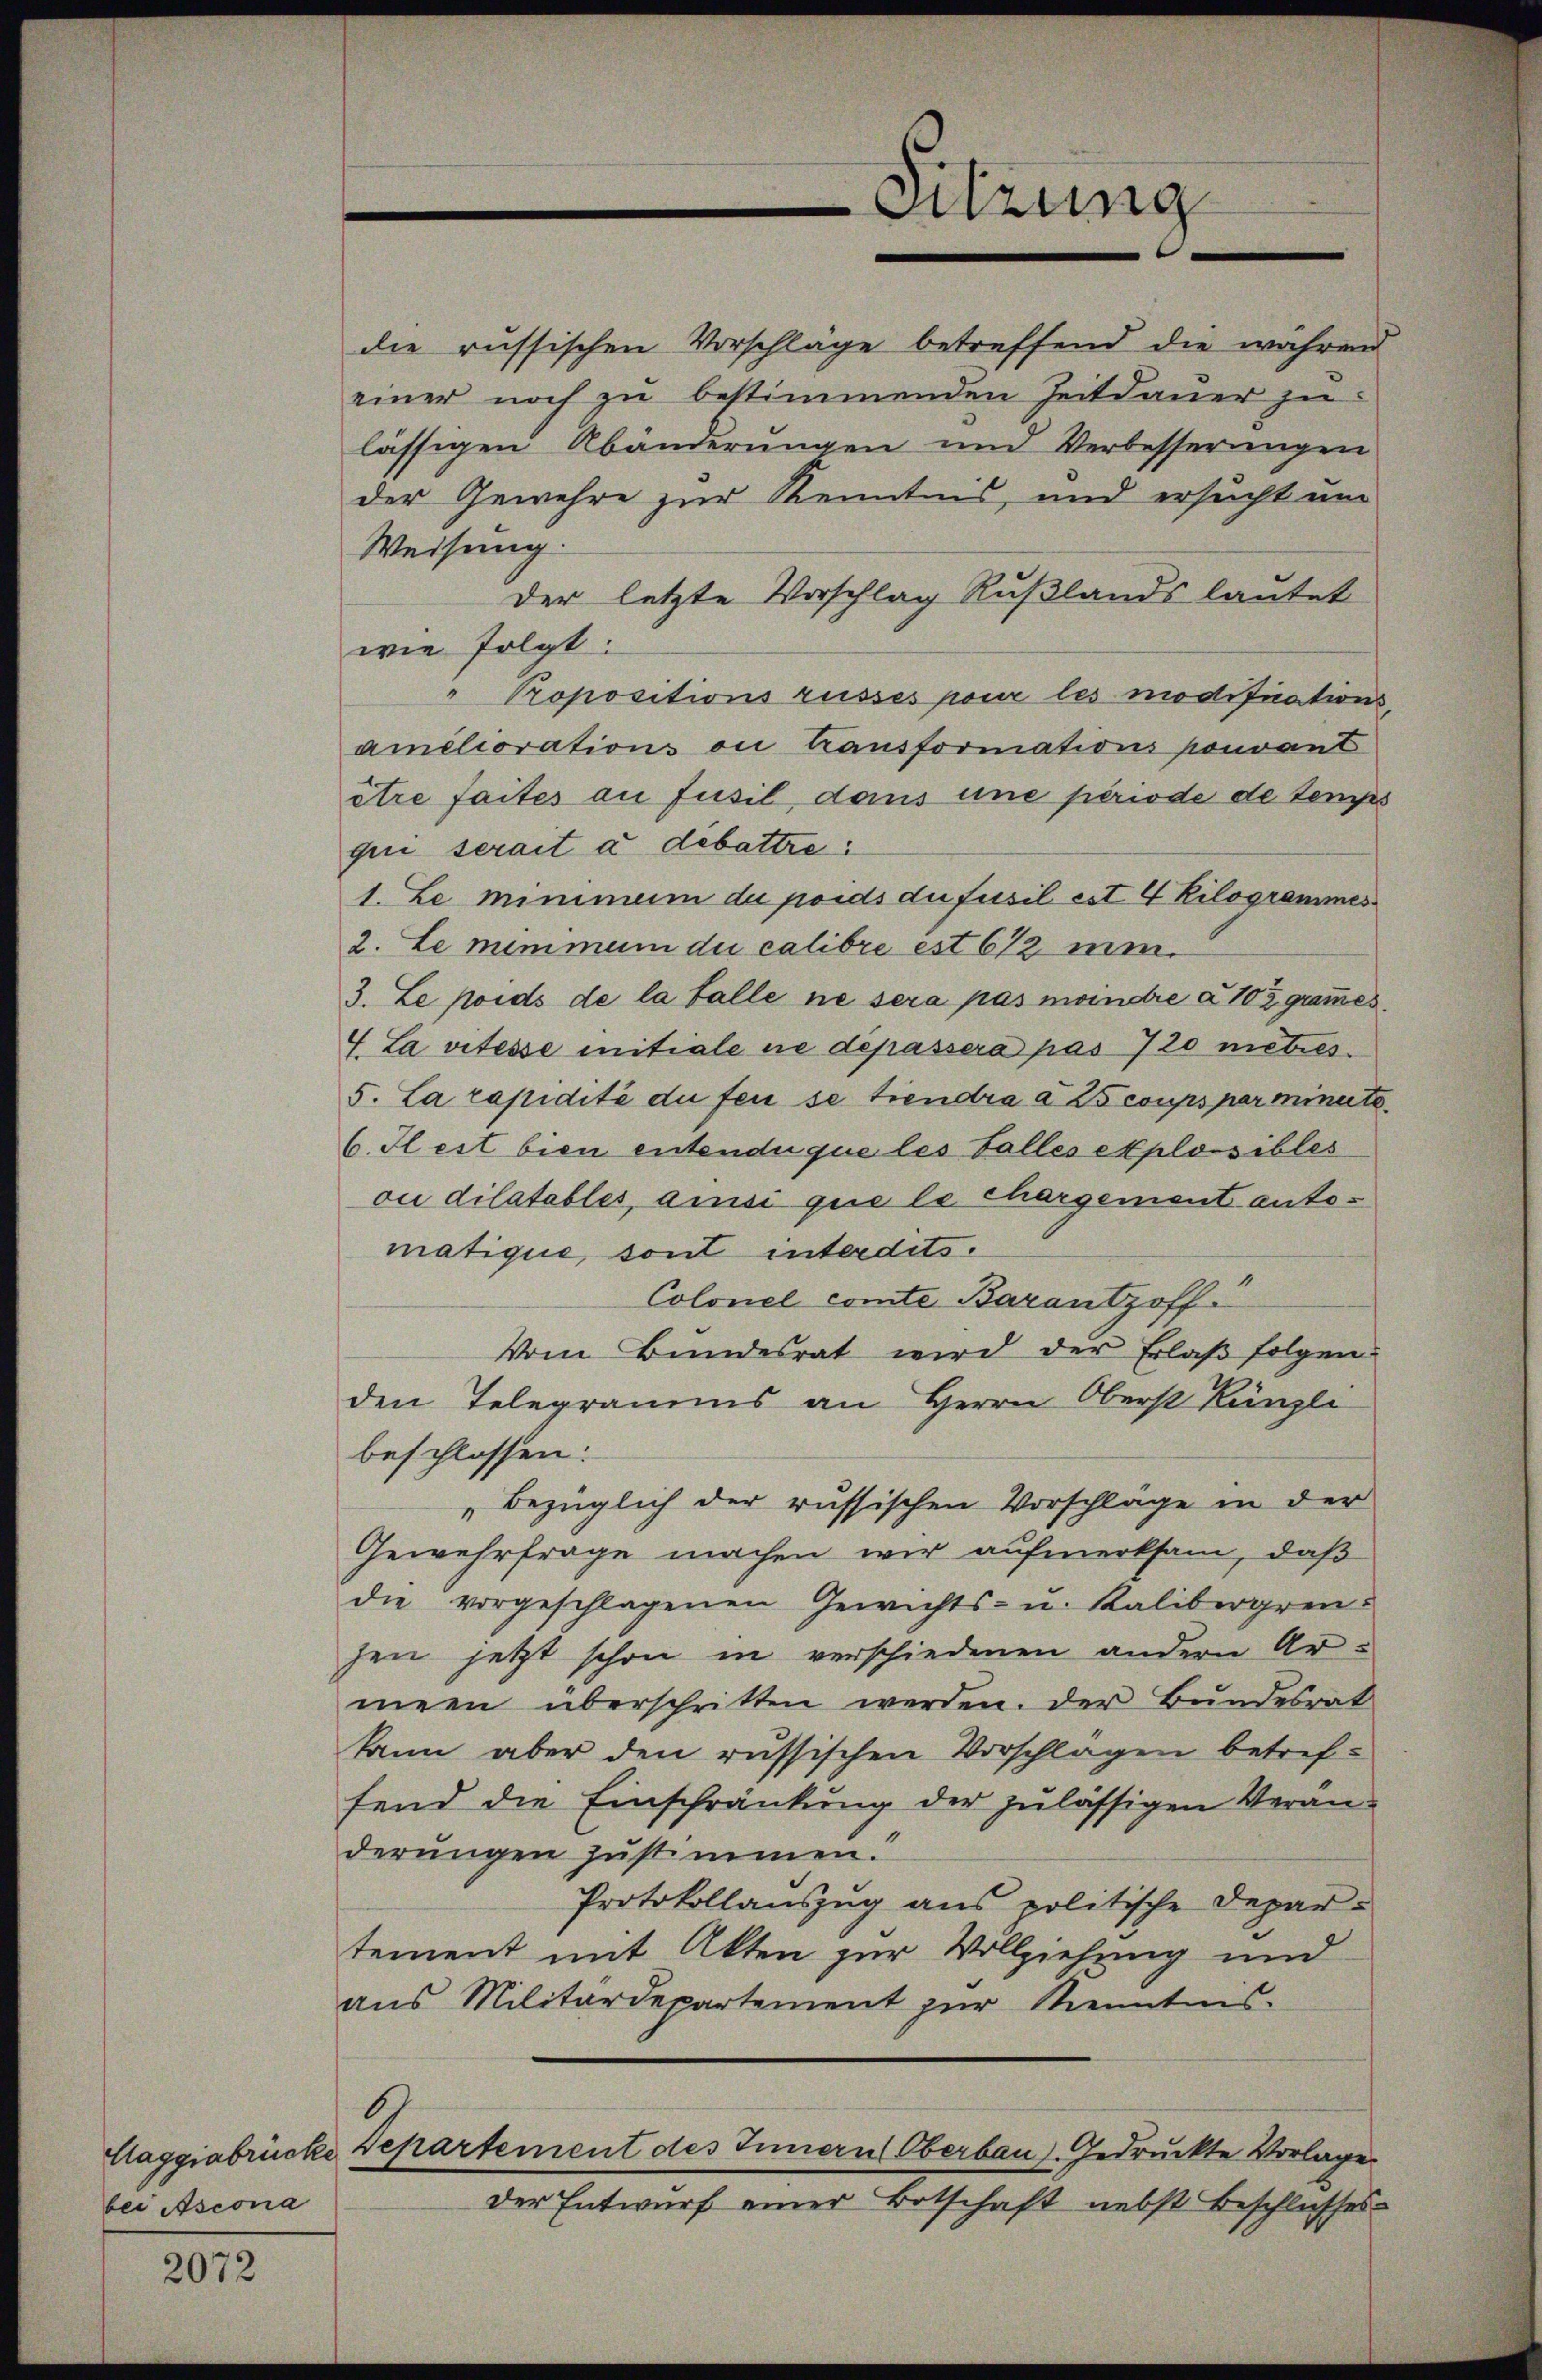
bei Ascona

2072

Weisung.
wie folgt:
" Propositions russes pour les modifications,
améliorations ou transformations pouvant
être faites an fusil, dans eine periode de temps
qui serait a debattre
1. Le minimum de poids du fusil est 4 Kilogrammes
2. Le mimmen die calibre est 672 min
3. Le poids de la falle ne sera pas meindre à 102 grammes.
4. La vitesse initiale ne dépassera pas 720 mitres.
5. La rapidité du fei se tiendra a 25 coups parminute.
6. Il est bien entendu que les Falles plosibles
ou dilatables, ainsi que le chargement entomatique, sont interdits.
Colonel comte Barantz offi
Vom Bundesrat wird der Erlaβ folgen
den Telegramms an Herrn Oberst Künzli
beschlossen:
„bezüglich der russischen Vorschläge in der
Gewehrfrage machen wir aufmerksam, daß
die vorgeschlagenen Gewichts- u. Kalibergrenhen jetzt schon in verschiedenen andern Armeen überschritten werden. Der Bundesrat
kann aber den russischen Vorschlagen betreffend die Einschränkung der zulässigen Veranderungen justimmen.
Protokollauszug aus politische Departement mit Akten zur Vollziehung und
aus Militärdepartement zur Kenntnis-
6
Claggiabrücke Departement des Innern Oberbau. Gedruckte Vorlage
Der Entwurf einer Botschaft nebst Beschlusses

Sitzung

die russischen Vorschläge betreffend die währen
einer noch zu bestimmenden Zeitdauer zu
lässigen Abänderungen und Verbesserungen
der Gewehre zur Kenntnis, und ersucht um
Der letzte Vorschlag Rußlands lautet